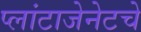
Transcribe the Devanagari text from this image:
प्लांटाजेनेटचे